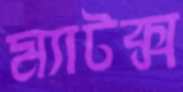
ম্যাটক্স